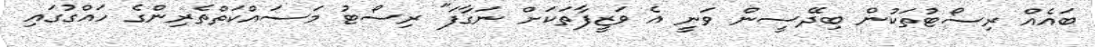
ބައެއް ރިސޯޓުތަކުން ބިދޭސީން ވަނީ އެ ވަޒީފާތަކަށް ނަގާފަ" ރިސޯޓު މަސައްކަތްތެރިންގެ ހައްގުގައި